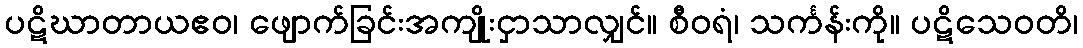
ပဋိဃာတာယဧဝ၊ ဖျောက်ခြင်းအကျိုးငှာသာလျှင်။ စီဝရံ၊ သင်္ကန်းကို။ ပဋိသေဝတိ၊